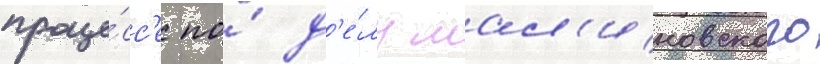
проце́сс'е по́ д'е́лу мал'иновского